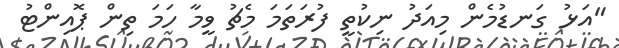
"އަޅު ގަނޑުމެން މިއަދު ނިކުތީ ފުރަތަމަ މެޗު ވީމާ ހަމަ ތިން ޕޮއިންޓު